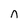
Character: n